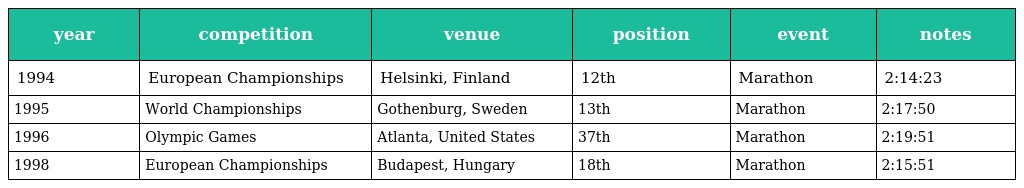
| year | competition | venue | position | event | notes |
 | --- | --- | --- | --- | --- | --- |
 | 1994 | European Championships | Helsinki, Finland | 12th | Marathon | 2:14:23 |
 | 1995 | World Championships | Gothenburg, Sweden | 13th | Marathon | 2:17:50 |
 | 1996 | Olympic Games | Atlanta, United States | 37th | Marathon | 2:19:51 |
 | 1998 | European Championships | Budapest, Hungary | 18th | Marathon | 2:15:51 |